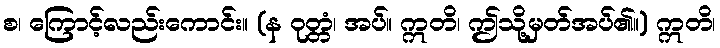
စ၊ ကြောင့်လည်းကောင်း။ (န ဝုတ္တံ၊ အပ်။ ဣတိ၊ ဤသို့မှတ်အပ်၏။) ဣတိ၊